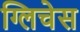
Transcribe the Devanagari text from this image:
ग्लिचेस